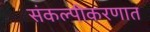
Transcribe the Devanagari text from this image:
संकल्पीकरणात